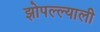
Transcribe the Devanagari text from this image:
झोपल्ल्याली